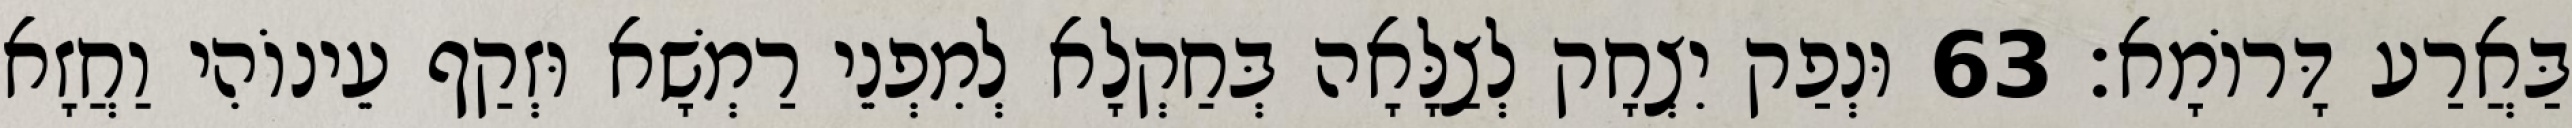
בַּאֲרַע דָּרוֹמָא׃ 63 וּנְפַק יִצְחָק לְצַלָּאָה בְּחַקְלָא לְמִפְנֵי רַמְשָׁא וּזְקַף עֵינוֹהִי וַחֲזָא